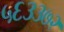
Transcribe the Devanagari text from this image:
५६३३७२